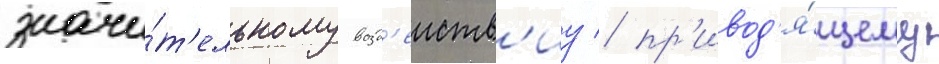
значи́т'ельному возд'еиств'иу / пр'ивод'я́щему